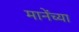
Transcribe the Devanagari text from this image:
मानेंच्या